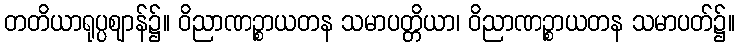
တတိယာရုပ္ပဈာန်၌။ ဝိညာဏဉ္စာယတန သမာပတ္တိယာ၊ ဝိညာဏဉ္စာယတန သမာပတ်၌။